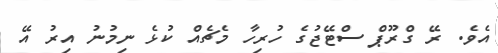
އެވެ. ރޭ ގްރޫޕް ސްޓޭޖުގެ ހުރިހާ މެޗެއް ކުޅެ ނިމުނު އިރު އޭ